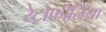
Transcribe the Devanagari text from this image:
रेट्रोफीलिया